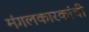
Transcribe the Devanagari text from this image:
मंगलकारकांची